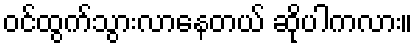
ဝင်ထွက်သွားလာနေတယ် ဆိုပါကလား။